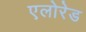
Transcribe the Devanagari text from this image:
एलोरेड